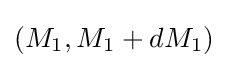
{\textstyle (M_{1},M_{1}+dM_{1})}